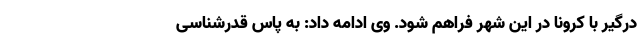
درگیر با کرونا در این شهر فراهم شود. وی ادامه داد: به پاس قدرشناسی